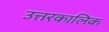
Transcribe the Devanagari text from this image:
उत्तरकालिक